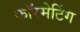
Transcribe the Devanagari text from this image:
फॉरमेटिंग